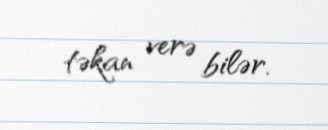
təkan verə bilər.